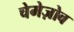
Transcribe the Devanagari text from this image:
चेमेज़ोव